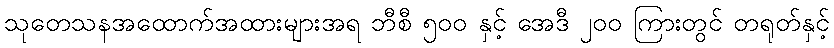
သုတေသနအထောက်အထားများအရ ဘီစီ ၅၀၀ နှင့် အေဒီ ၂၀၀ ကြားတွင် တရုတ်နှင့်